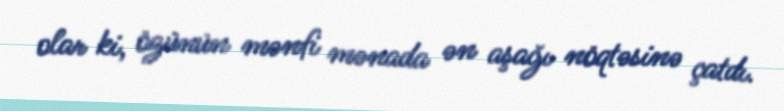
olar ki, özünün mənfi mənada ən aşağı nöqtəsinə çatdı.